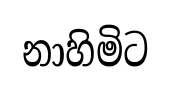
නාහිමිට